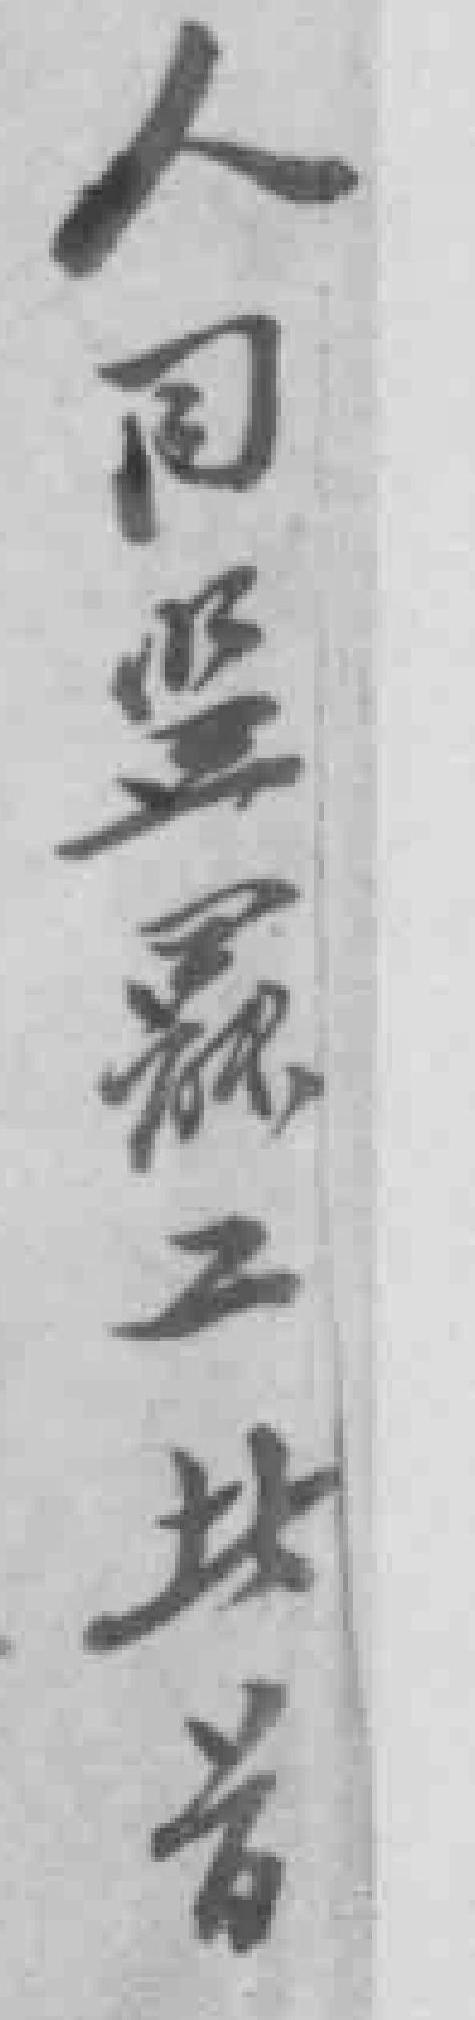
人同监罷工此首